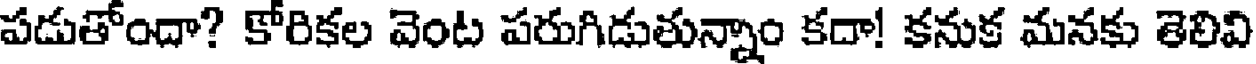
పడుతోందా? కోరికల వెంట పరుగిడుతున్నాం కదా! కనుక మనకు తెలివి